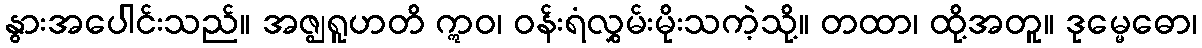
နွားအပေါင်းသည်။ အဇ္ဈရူဟတိ ဣဝ၊ ဝန်းရံလွှမ်းမိုးသကဲ့သို့။ တထာ၊ ထို့အတူ။ ဒုမ္မေဓော၊